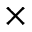
\times